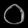
Digit: ၀